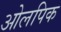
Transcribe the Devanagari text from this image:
ओलपिक